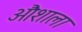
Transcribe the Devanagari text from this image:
औशाला